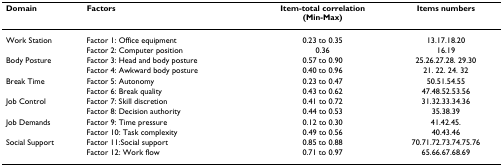
<table><thead><tr><td><b>Domain</b></td><td><b>Factors</b></td><td><b>Item-total correlation (Min-Max)</b></td><td><b>Items numbers</b></td></tr></thead><tbody><tr><td>Work Station</td><td>Factor 1: Office equipment</td><td>0.23 to 0.35</td><td>13.17.18.20</td></tr><tr><td></td><td>Factor 2: Computer position</td><td>0.36</td><td>16.19</td></tr><tr><td>Body Posture</td><td>Factor 3: Head and body posture</td><td>0.57 to 0.90</td><td>25.26.27.28. 29.30</td></tr><tr><td></td><td>Factor 4: Awkward body posture</td><td>0.40 to 0.96</td><td>21. 22. 24. 32</td></tr><tr><td>Break Time</td><td>Factor 5: Autonomy</td><td>0.23 to 0.47</td><td>50.51.54.55</td></tr><tr><td></td><td>Factor 6: Break quality</td><td>0.43 to 0.62</td><td>47.48.52.53.56</td></tr><tr><td>Job Control</td><td>Factor 7: Skill discretion</td><td>0.41 to 0.72</td><td>31.32.33.34.36</td></tr><tr><td></td><td>Factor 8: Decision authority</td><td>0.44 to 0.53</td><td>35.38.39</td></tr><tr><td>Job Demands</td><td>Factor 9: Time pressure</td><td>0.12 to 0.30</td><td>41.42.45.</td></tr><tr><td></td><td>Factor 10: Task complexity</td><td>0.49 to 0.56</td><td>40.43.46</td></tr><tr><td>Social Support</td><td>Factor 11:Social support</td><td>0.85 to 0.88</td><td>70.71.72.73.74.75.76</td></tr><tr><td></td><td>Factor 12: Work flow</td><td>0.71 to 0.97</td><td>65.66.67.68.69</td></tr></tbody></table>